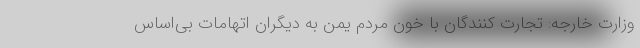
وزارت خارجه: تجارت کنندگان با خون مردم یمن به دیگران اتهامات بی‌اساس